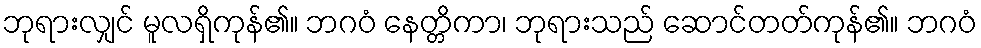
ဘုရားလျှင် မူလရှိကုန်၏။ ဘဂဝံ နေတ္တိကာ၊ ဘုရားသည် ဆောင်တတ်ကုန်၏။ ဘဂဝံ